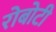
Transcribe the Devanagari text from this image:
रोबोटी